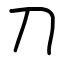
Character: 刀